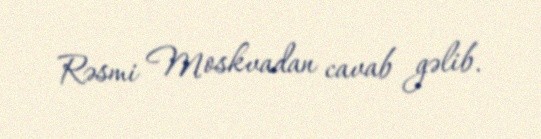
Rəsmi Moskvadan cavab gəlib.